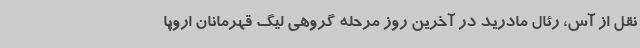
نقل از آس، رئال مادرید در آخرین روز مرحله گروهی لیگ قهرمانان اروپا